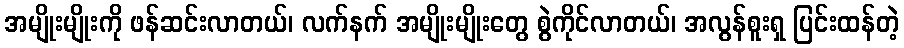
အမျိုးမျိုးကို ဖန်ဆင်းလာတယ်၊ လက်နက် အမျိုးမျိုးတွေ စွဲကိုင်လာတယ်၊ အလွန်စူးရှ ပြင်းထန်တဲ့